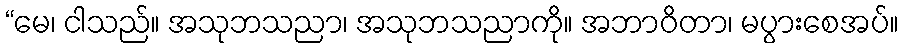
“မေ၊ ငါသည်။ အသုဘသညာ၊ အသုဘသညာကို။ အဘာဝိတာ၊ မပွားစေအပ်။